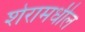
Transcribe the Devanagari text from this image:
शेरामधील